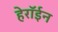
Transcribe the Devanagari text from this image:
हेरॉईन